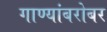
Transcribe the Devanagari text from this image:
गाण्यांबरोबर